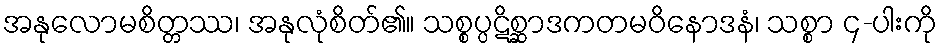
အနုလောမစိတ္တဿ၊ အနုလုံစိတ်၏။ သစ္စပ္ပဋိစ္ဆာဒကတမဝိနောဒနံ၊ သစ္စာ ၄-ပါးကို